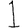
Digit: 1